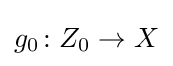
g_{0}\colon Z_{0}\rightarrow X